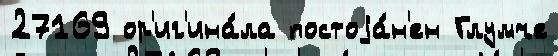
27169 ор'иг'ина́ла постоjа́н'ен Глумче